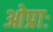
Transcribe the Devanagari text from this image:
ओप्राः